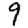
Digit: 9